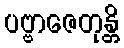
ပဗ္ဗာဇေတုန္တိ